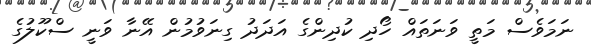
ނަމަވެސް މަތީ ވަނަތައް ހޯދި ކުދިންގެ އަދަދު ގިނަވުމުން އޭނާ ވަނީ ސްކޫލުގެ